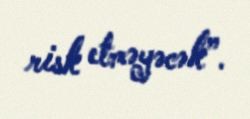
risk etməyəcək”.